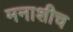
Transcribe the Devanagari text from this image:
मनाशीच